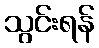
သွင်းရန်